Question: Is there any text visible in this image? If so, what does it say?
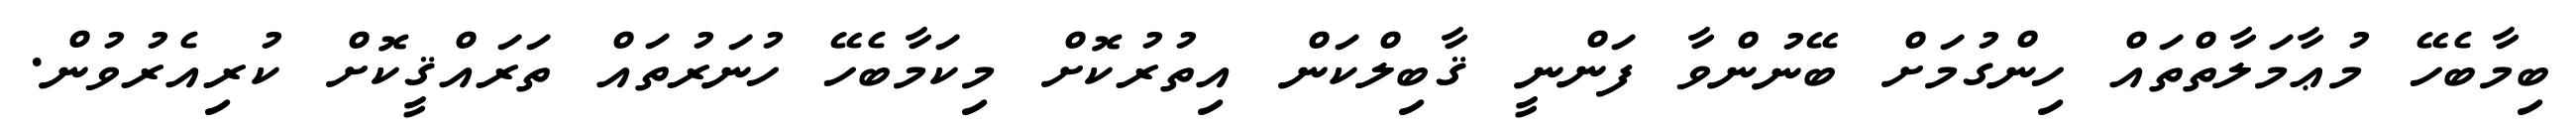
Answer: ބިމާބެހޭ މުޢާމަލާތްތައް ހިންގުމަށް ބޭނުންވާ ފަންނީ ޤާބިލްކަން އިތުރުކޮށް މިކަމާބެހޭ ހުނަރުތައް ތަރައްޤީކޮށް ކުރިއެރުވުން.